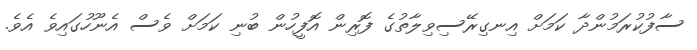
ސާފުކުރަމުންދާ ކަމަށް އިނގިރޭސިވިލާތުގެ ފޮރިން އޮފީހުން ބުނި ކަމަށް ވެސް އެނޫހުގައިވެ އެވެ.